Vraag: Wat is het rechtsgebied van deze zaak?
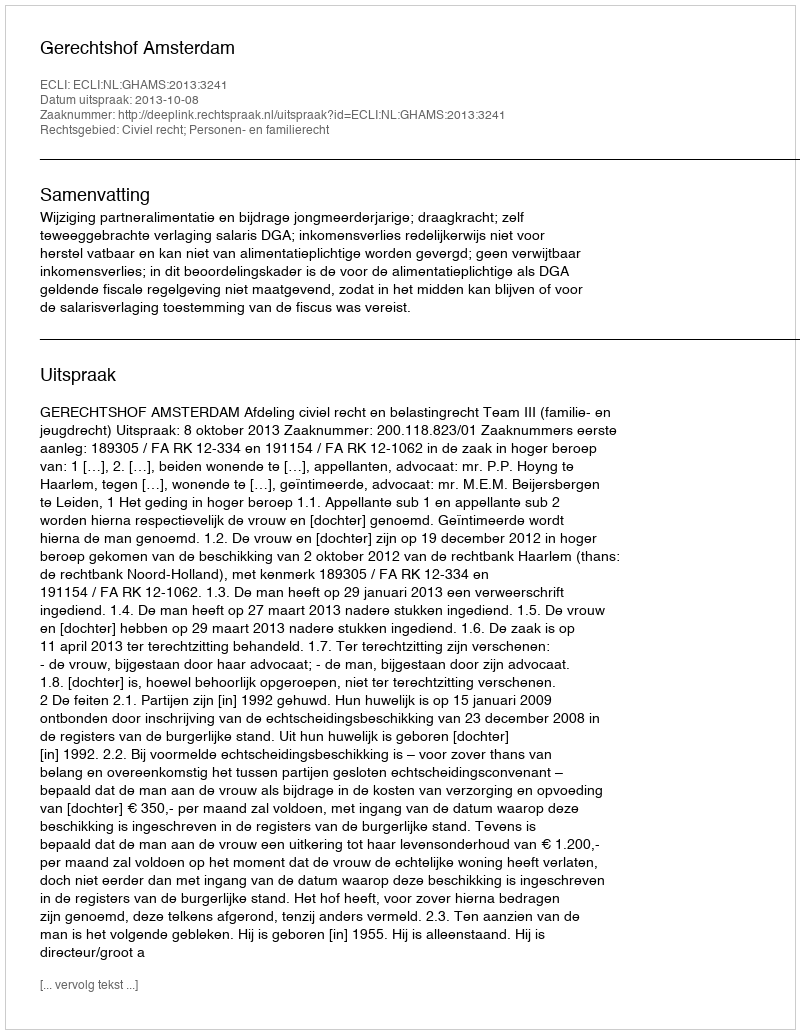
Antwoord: Civiel recht; Personen- en familierecht